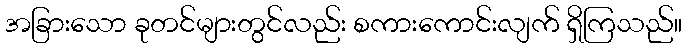
အခြားသော ခုတင်များတွင်လည်း စကားကောင်းလျက် ရှိကြသည်။